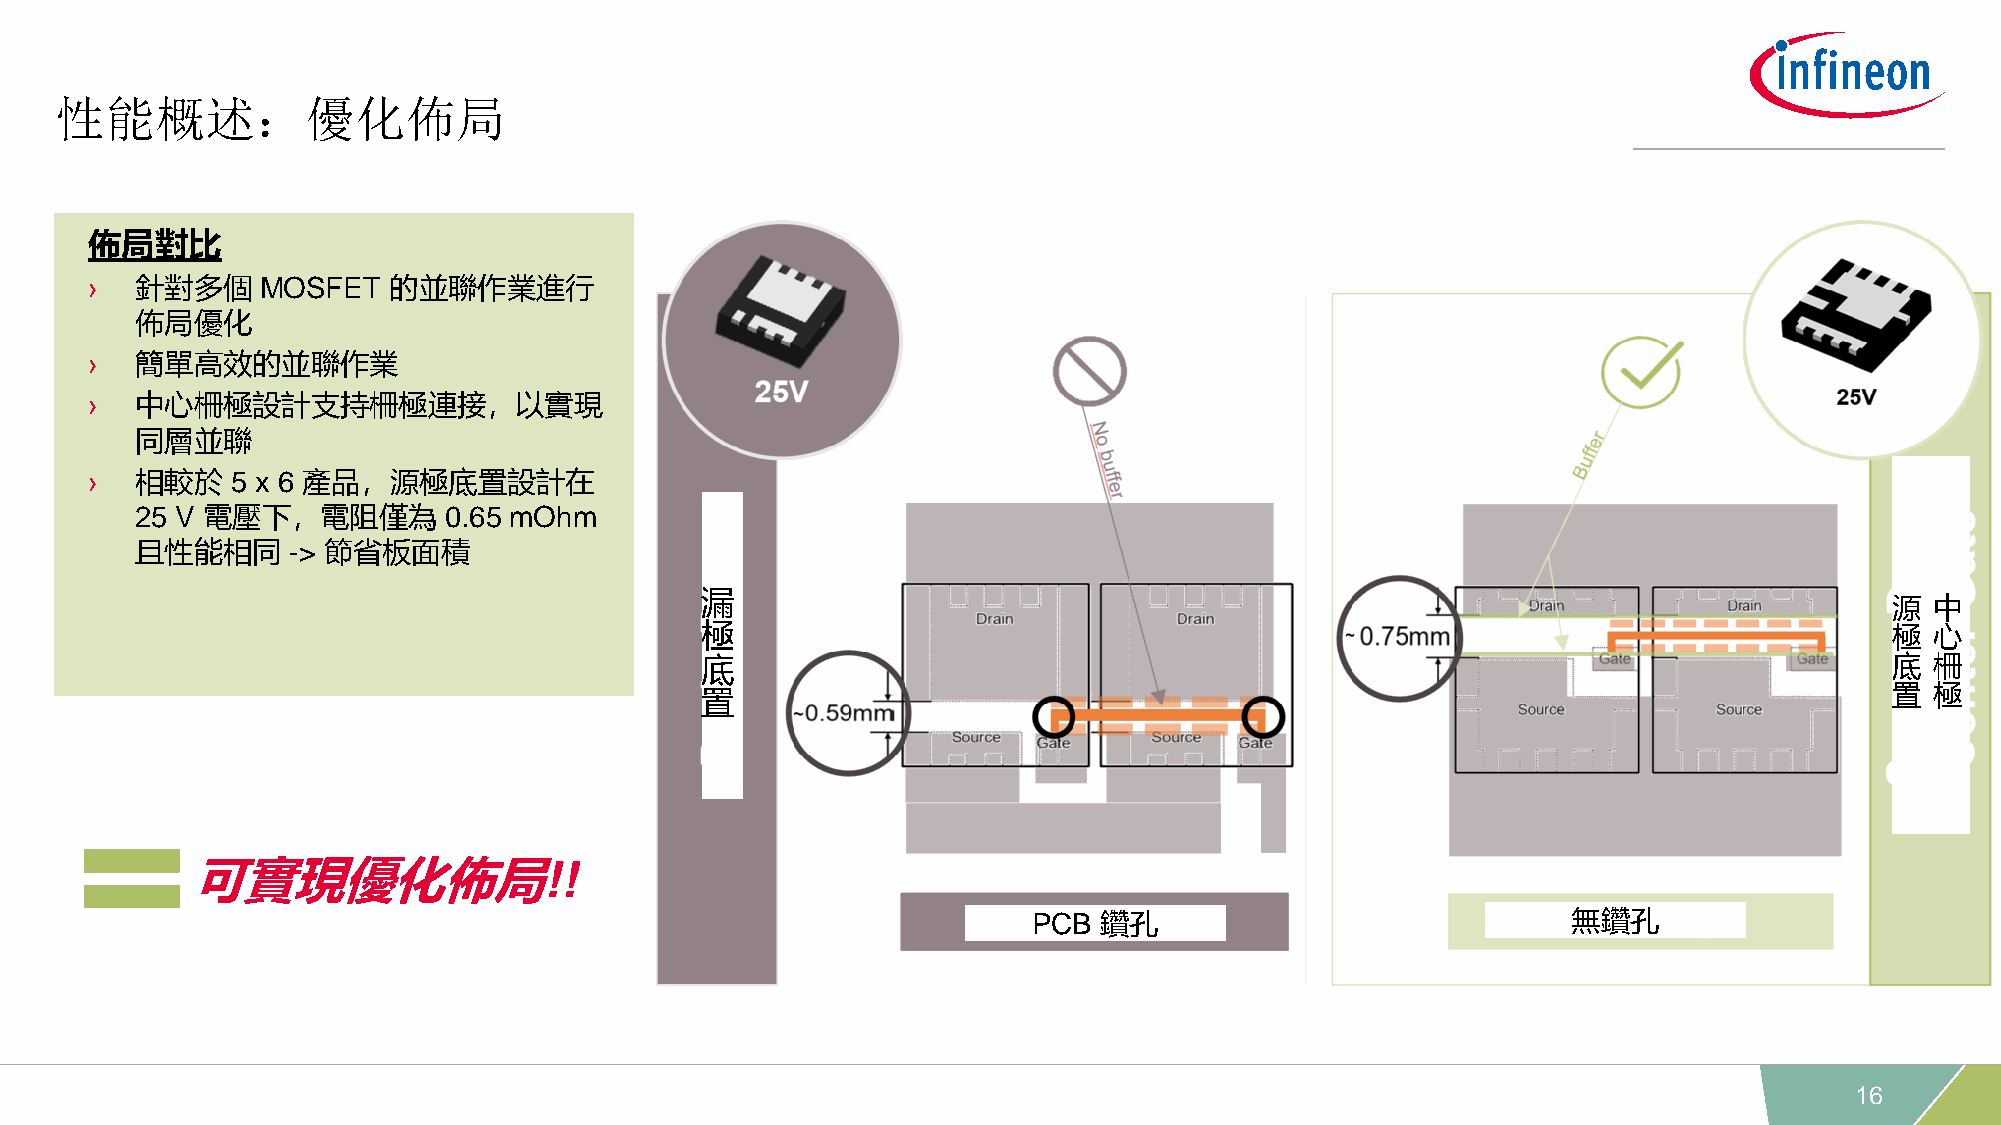
性能概述：優化佈局
 佈局對比
 ›  針對多個    MOSFET   的並聯作業進行
 佈局優化
 ›  簡單高效的並聯作業
 ›  中心柵極設計支持柵極連接，以實現
 同層並聯
 ›  相較於   5 x 6 產品，源極底置設計在
 25 V 電壓下，電阻僅為       0.65 mOhm
 且性能相同     -> 節省板面積
 漏
 源  中
 極                                                                              極  心
 底                                                                              底  柵
 置                                                                              置  極
 可實現優化佈局!!
 PCB  鑽孔                             無鑽孔
 16